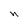
Character: n